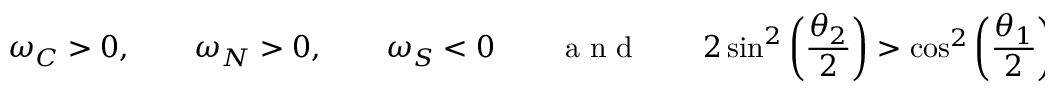
\omega _ { C } > 0 , \qquad \omega _ { N } > 0 , \qquad \omega _ { S } < 0 \qquad \textnormal { a n d } \qquad 2 \sin ^ { 2 } \left( \frac { \theta _ { 2 } } { 2 } \right) > \cos ^ { 2 } \left( \frac { \theta _ { 1 } } { 2 } \right) ,